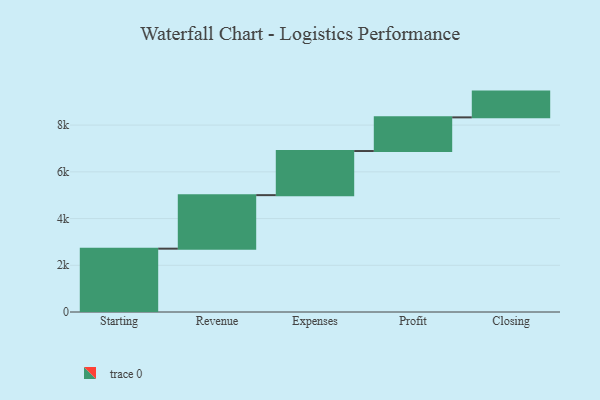
{"axis": {"x": "Step", "y": "Value"}, "legend": [""], "data": [{"x": "Starting", "y": 2711.0, "type": ""}, {"x": "Revenue", "y": 2291.0, "type": ""}, {"x": "Expenses", "y": 1888.0, "type": ""}, {"x": "Profit", "y": 1441.0, "type": ""}, {"x": "Closing", "y": 1103.0, "type": ""}]}